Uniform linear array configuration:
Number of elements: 12
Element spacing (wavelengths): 0.75
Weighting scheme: uniform
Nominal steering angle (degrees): -45
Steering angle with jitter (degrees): -46.758
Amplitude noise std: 0.05
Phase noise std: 0.05

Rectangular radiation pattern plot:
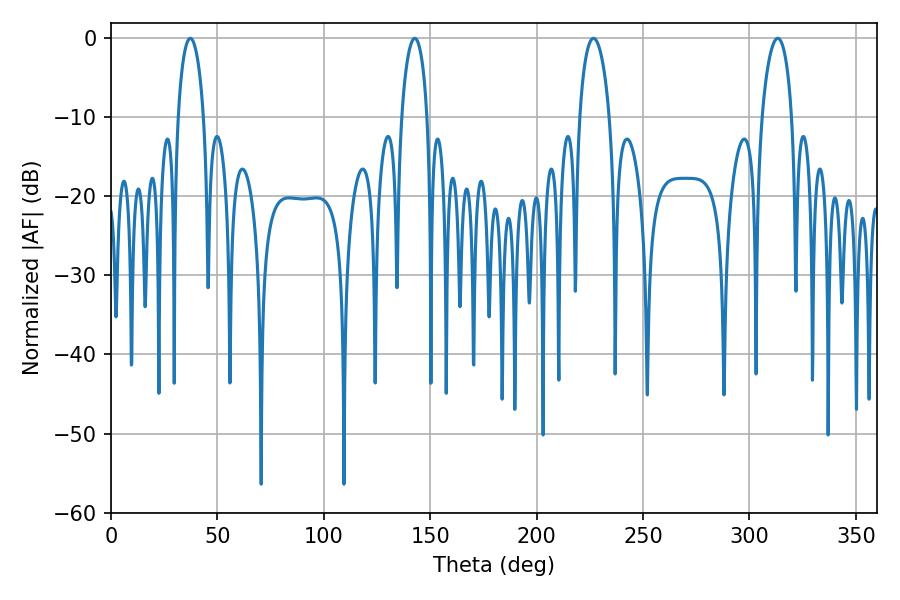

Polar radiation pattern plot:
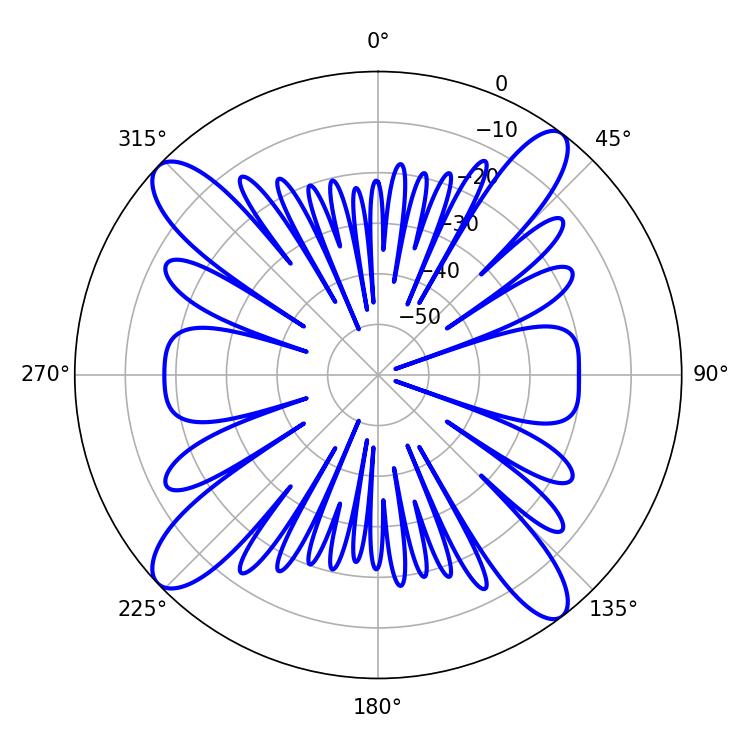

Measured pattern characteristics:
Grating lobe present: TRUE
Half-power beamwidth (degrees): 7.02
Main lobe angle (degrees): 37.26